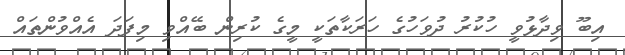
އިބޫ ވިދާޅުވީ ހުކުރު ދުވަހުގެ ހަރަކާތަކީ މީގެ ކުރިން ބޭއްވި މިފަދަ އެއްވުންތައް